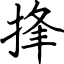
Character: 捀